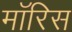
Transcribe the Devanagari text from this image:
माॅरिस